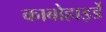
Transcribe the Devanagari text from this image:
काबोहाइर्डे